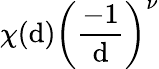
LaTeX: \chi(\mathrm{d})\left({\frac{{-1}}{{\mathrm{d}}}}\right)^{\nu}